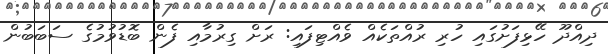
ދިއްދޫ ހޭޅިފަށުގައި ހުރި ރުއްތަކެއް ވެއްޓިފައި: ރަށް ގިރުމާއި ފެން ބޮޑުވުމުގެ ސަބަބުން